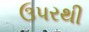
ઉપરથી